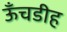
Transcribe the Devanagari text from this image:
ऊँचडीह